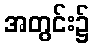
အတွင်း၌